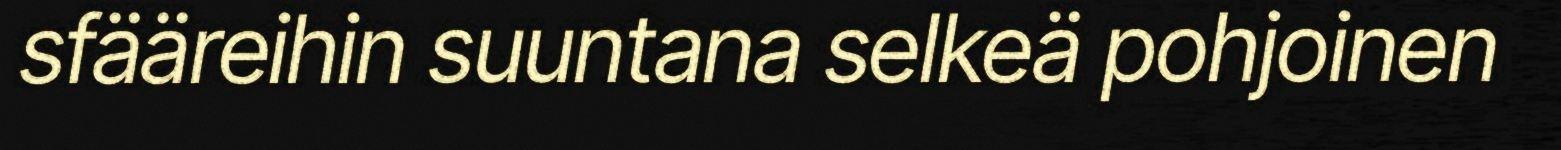
sfääreihin suuntana selkeä pohjoinen